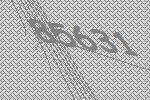
85631